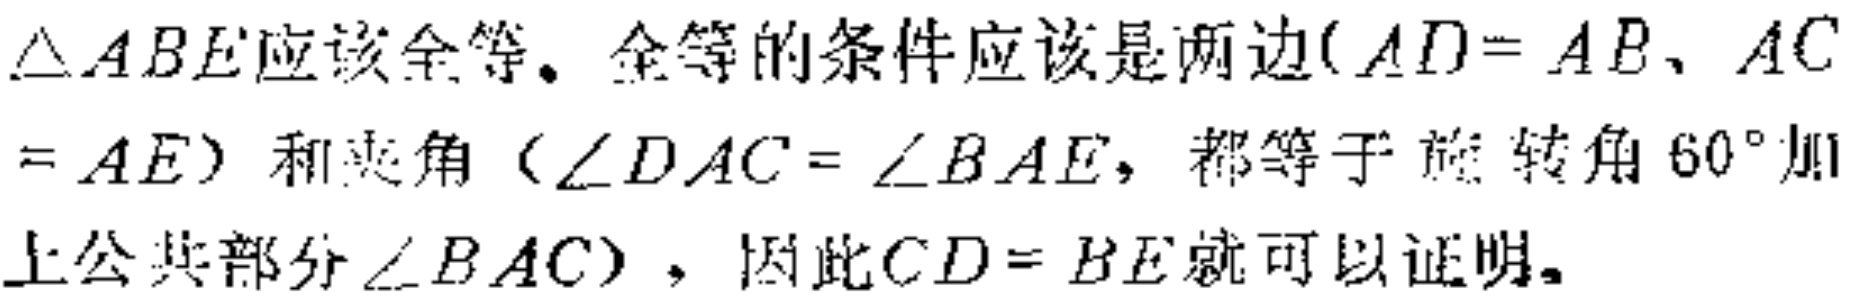
$\triangle ABE应该全等。全等的条件应该是两边(AD = AB、AC$

$= AE)$和夹角（$\angle DAC = \angle BAE$，都等于旋转角$60^{\circ}$加

上公共部分$\angle BAC$），因此$CD = BE$就可以证明。